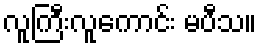
လူကြီးလူကောင်း မပီသ။